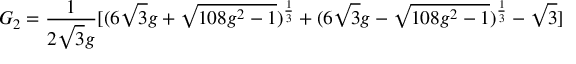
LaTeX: G _ { 2 } = \frac { 1 } { 2 \sqrt { 3 } g } [ ( 6 \sqrt { 3 } g + \sqrt { 1 0 8 g ^ { 2 } - 1 } ) ^ { \frac { 1 } { 3 } } + ( 6 \sqrt { 3 } g - \sqrt { 1 0 8 g ^ { 2 } - 1 } ) ^ { \frac { 1 } { 3 } } - \sqrt { 3 } ]